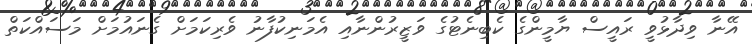
އޭނާ ވިދާޅުވީ ރައީސް ޔާމީންގެ ކެބިނެޓުގެ ވަޒީރުންނާއި އެމަނިކުފާނު ވެރިކަމަށް ގެނައުމަށް މަސައްކަތް